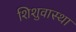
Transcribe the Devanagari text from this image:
शिशुवास्था